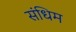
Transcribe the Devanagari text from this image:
संधिम